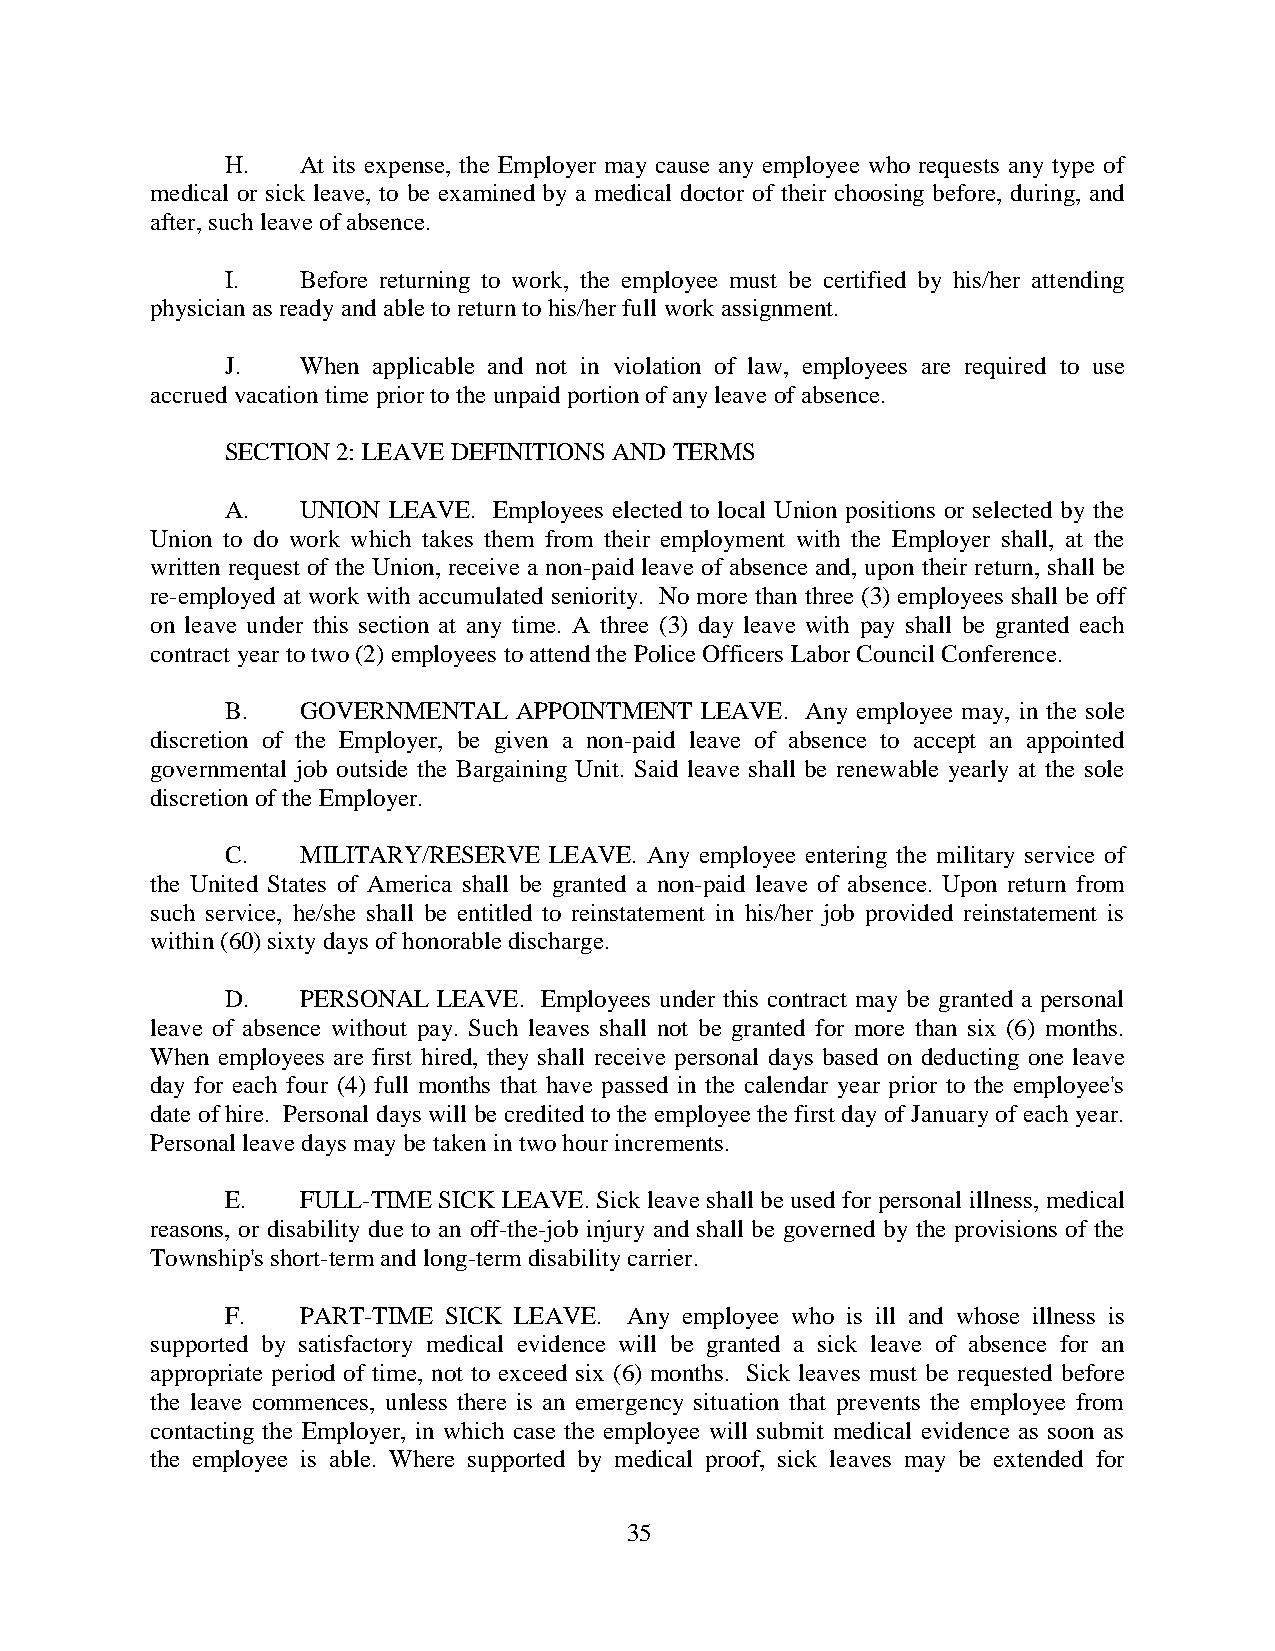
H.   At its expense, the Employer may cause any employee who requests any type of
 medical or sick leave, to be examined by a medical doctor of their choosing before, during, and
 after, such leave of absence.
 I.   Before returning to work, the employee must be certified by his/her attending
 physician as ready and able to return to his/her full work assignment.
 J.   When applicable and not in violation of law, employees are required to use
 accrued vacation time prior to the unpaid portion of any leave of absence.
 SECTION 2: LEAVE DEFINITIONS AND TERMS
 A.   UNION LEAVE. Employees elected to local Union positions or selected by the
 Union to do work which takes them from their employment with the Employer shall, at the
 written request of the Union, receive a non-paid leave of absence and, upon their return, shall be
 re-employed at work with accumulated seniority. No more than three (3) employees shall be off
 on leave under this section at any time. A three (3) day leave with pay shall be granted each
 contract year to two (2) employees to attend the Police Officers Labor Council Conference.
 B.   GOVERNMENTAL  APPOINTMENT LEAVE. Any employee may, in the sole
 discretion of the Employer, be given a non-paid leave of absence to accept an appointed
 governmental job outside the Bargaining Unit. Said leave shall be renewable yearly at the sole
 discretion of the Employer.
 C.   MILITARY/RESERVE LEAVE. Any employee entering the military service of
 the United States of America shall be granted a non-paid leave of absence. Upon return from
 such service, he/she shall be entitled to reinstatement in his/her job provided reinstatement is
 within (60) sixty days of honorable discharge.
 D.   PERSONAL LEAVE. Employees under this contract may be granted a personal
 leave of absence without pay. Such leaves shall not be granted for more than six (6) months.
 When employees are first hired, they shall receive personal days based on deducting one leave
 day for each four (4) full months that have passed in the calendar year prior to the employee's
 date of hire. Personal days will be credited to the employee the first day of January of each year.
 Personal leave days may be taken in two hour increments.
 E.   FULL-TIME SICK LEAVE. Sick leave shall be used for personal illness, medical
 reasons, or disability due to an off-the-job injury and shall be governed by the provisions of the
 Township's short-term and long-term disability carrier.
 F.   PART-TIME SICK LEAVE. Any employee who is ill and whose illness is
 supported by satisfactory medical evidence will be granted a sick leave of absence for an
 appropriate period of time, not to exceed six (6) months. Sick leaves must be requested before
 the leave commences, unless there is an emergency situation that prevents the employee from
 contacting the Employer, in which case the employee will submit medical evidence as soon as
 the employee is able. Where supported by medical proof, sick leaves may be extended for
 35